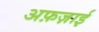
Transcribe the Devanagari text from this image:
अफ़ज़ाई